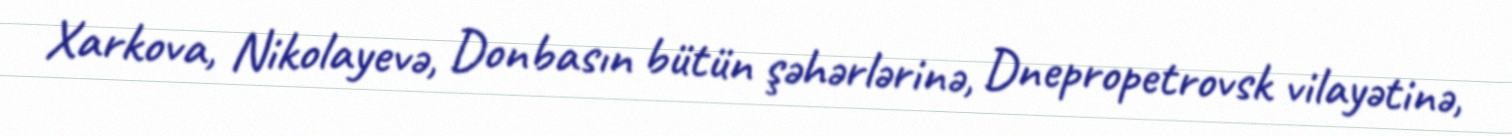
Xarkova, Nikolayevə, Donbasın bütün şəhərlərinə, Dnepropetrovsk vilayətinə,